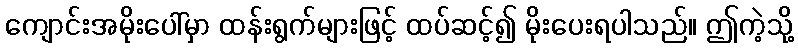
ကျောင်းအမိုးပေါ်မှာ ထန်းရွက်များဖြင့် ထပ်ဆင့်၍ မိုးပေးရပါသည်။ ဤကဲ့သို့